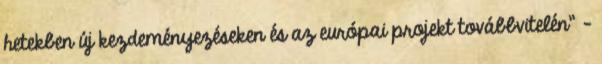
hetekben új kezdeményezéseken és az európai projekt továbbvitelén" -